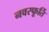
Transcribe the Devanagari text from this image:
नवस्फूर्ति